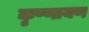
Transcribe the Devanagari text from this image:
कृष्णायण